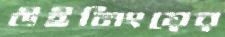
উইনিংয়ের